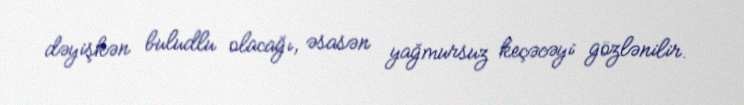
dəyişkən buludlu olacağı, əsasən yağmursuz keçəcəyi gözlənilir.